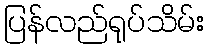
ပြန်လည်ရုပ်သိမ်း